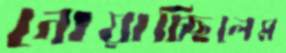
নোয়াচ্ছিলেম